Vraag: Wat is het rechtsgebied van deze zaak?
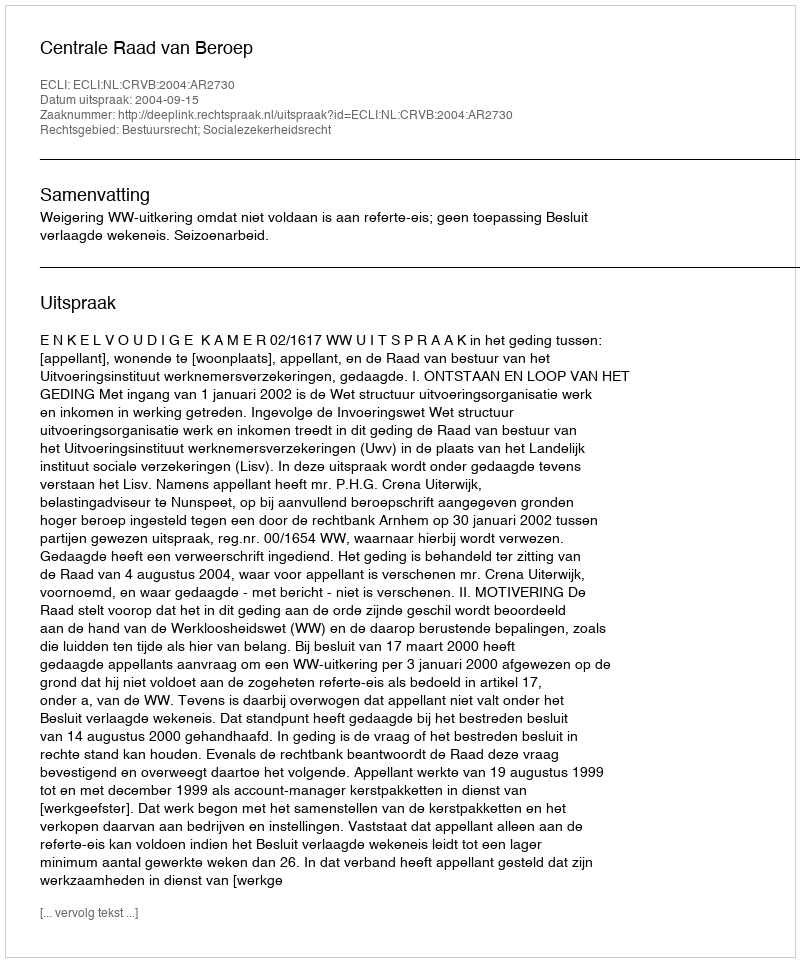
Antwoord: Bestuursrecht; Socialezekerheidsrecht